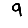
Digit: 9